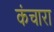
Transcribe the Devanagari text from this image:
कंचारा